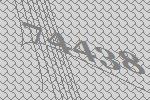
74438